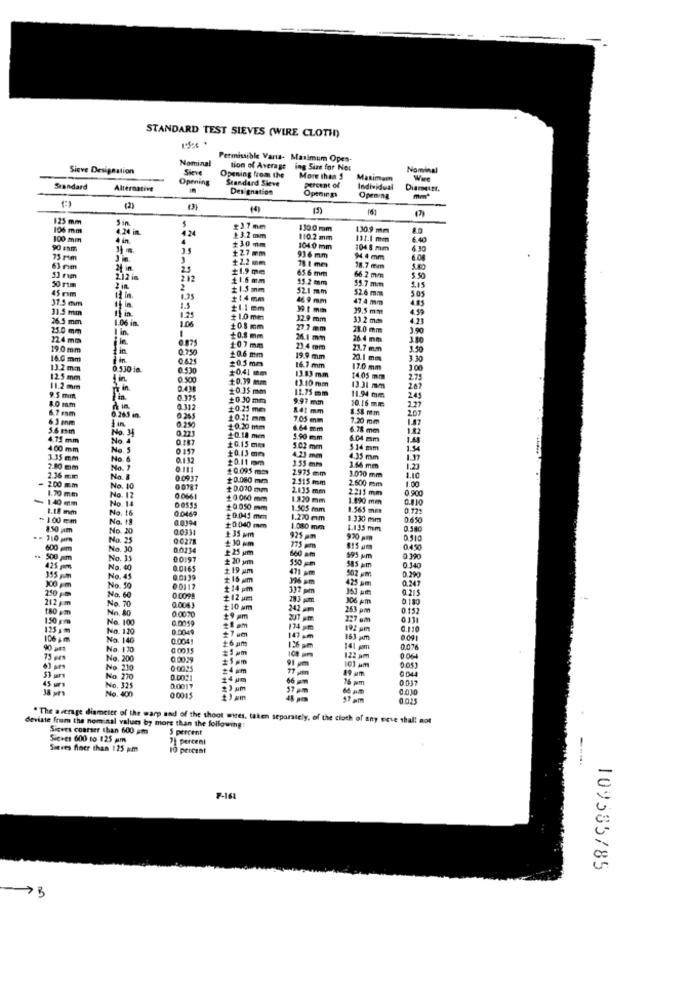
STANDARD TEST SIEVES (WIRE CLOTH)
Nominal
Permissible Vara- Maximum Open-
Sieve Designation
Sieve
tion of Average
ing Size for No:
Nominal
Opening
Opening from the
Standard Sieve
More than 5
Maximum
Were
Standard
Alternative
Designation
Percent of
Individual
Diameter.
Openings
Opening
mm*
(2)
(7)
125 mm
106 mm
4.24 in.
Sin
4.24
110 0 mm
130.9 mm
8.0
100 mm
4 in.
4
13.2 mm
110.2 mm
111.1 mm
6.40
90 Enm
$30 mm
$27 mm
104 0 mm
104.8 mm
6.30
73 ram
-
+2.2 mm
936 mm
94.4 mm
6.0
63 rim
24 in
2.5
me
78 1 mm
65.6 mm
78.7 mm
53 ram
2.12 im
2.12
11.6 mm
55.2 mm
66.2 mm
5.50
45 mm
50 rim
2 in.
2
$15mm
52.1 mm
52.6 mm
53.7 mm
$15
31.5 mm
1,25
$14 mm
469 mm
47,4 mm
505
4.85
31.5 mm
1.5
39.1 min
39.5 mm
4.59
26.5 mm
1.06 in.
1.25
1.06
$1.0 mm
32.9 mm
33.2 mm
4.23
25.0 mm
I in.
+0.8 mm
27.7 mm
23.0 mm
3.90
224 mm
0.875
+0,8 mm
26.1 mm
26.4 mm
3.10
19.0 mm
0.750
10.7 mm
23.4 mm
23.7 m.m
1.50
16.0 mm
£0.5 mm
10.6 mm
19.9 mm
20.1 mot
3.30
13.2mm
0.530 in.
0.530
+0,41 mm
16.7 mm
17.0 mm
1.00
12.5 mm
0.500
+0.39 mm
13.10 mm
13.83 mm
14:05 mm
2.75
11.2 mm
10.35 mm
11.75 mm
11.94 mm
13.31 mm
2.67
9.5 mum
$.0 mm
0.375
10.30 mm
9.97 mm
10.16 mm
2.45
227
6.7 mm
0.312
10.25 mes
841 mm
8.58 mm
6.3 mm
0.265 in.
0.265
10.21 mm
7.05 mm
7.20 mm
1.47
5.6 mm
No. 3
1in
0.250
0.223
10.20 htm
6.64 mm
6.78 mm
1.82
4.75 mm
No. 4
0.187
20.18 men
20.15 mm
3.90 mm
6.04 mm
1.48
4.00 mm
No. 5
0 157
+0.13 mm
5.02 mm
514 mm
3.35 mm
No.6
0.132
10.11 om
4.23 mm
355 mm
4.35 mm
1.37
2.50 mm
No. 1
0111
$0.095 mo
2.975 mm
3.66 mm
1.10
2.36 mm
No. B
00937
$0.080 mm
2.515 mm
2.600 mm
3.070 mm
1.00
2.00 mm
No.1
10.070 mm
2.135 mm
2215 mm
0 900
- 140 mm
1.70 mm
No. 12
00661
+0 060 mm
1.320 mm
1.490 mm
0.810
1.18 mm
No. 14
00555
$0.050 mm
1.505 mm
1.565 mm
0.12:
- 1.00 mm
No. 16
No. 18
8.0394
+0.045 mm
1.270 mm
1.330 mm
850 pm
No.
00331
+0.040 mm
+35 pm
1.080 mm
1.135 mm
0.540
No.
Q0278
925 mm
970 pm
0.510
600 mm
No.
0.0234
25 um
660 am
0450
. 500 pm
No.
00197
20 um
595 pm
0.390
425 pm
No. 60
8.0165
$ 19 pm
0 140
5 pm
No. 45
502 pm
0.247
0.290
2:50 pm
No. 90
00117
#14 pm
337
425 am
0.215
212 pm
No. 60
No. 70
0 0099
212 um
283 pm
306 pm
0 180
180 pm
No. 80
0 0070
0.0083
110 um
242
253 pm
0.153
150 gm
No. 100
0.0059
207 pm
227 om
0.338
125 mm
No. 120
0.0049
28 pm
#7 am
147
74
192 um
106 im
No. 140
0.004!
2:6 am
153 pm
0 09
90 am
No. 170
0 0035
141 pm
0.076
79 ses
No. 200
0 0029
122 am
0 064
No. 210
77 jam
No. 270
0.0021
14 um
66 m
0.037
No. 325
No. 400
0.0017
23am
57 pm
0.010
0 0015
0.0.25
deviste from the nominal values by more than the following:
" The average diameter of the warp and of the shoot wires, taken separately, of the cloth of any seve shall not
Sigves coarser than 600 sm
5 percent
Sic.es 600 to 125 am
7 percent
Sieves floer than 125 pm
10 percent
----
F-16
109585/85